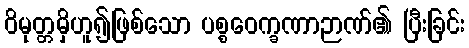
ဝိမုတ္တမှိဟူ၍ဖြစ်သော ပစ္စဝေက္ခဏာဉာဏ်၏ ပြီးခြင်း